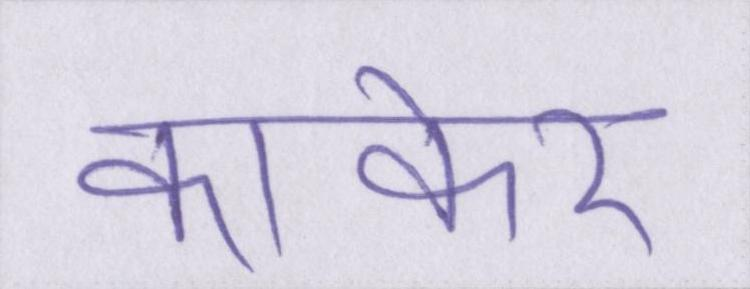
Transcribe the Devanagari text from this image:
कांकेर